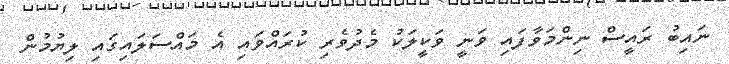
ނައިބު ރައީސް ނިންމަވާފައި ވަނީ ވަކީލަކު މެދުވެރި ކުރައްވައި އެ މައްސަލައިގައި ލިޔުމުން